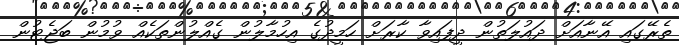
ތެރޭގައި އޭނާއަށް ދައުލަތުން ދީފައިވާ ކާރަށް ހަމީދުގެ އިހުމާލުން ގެއްލުންތަކެއް ވުމުން ބަޖެޓުން